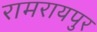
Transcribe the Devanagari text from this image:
रामरायपुर